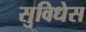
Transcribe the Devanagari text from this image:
सुविधेस